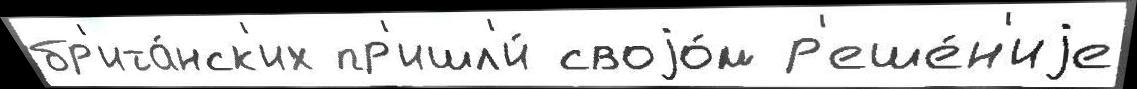
бр'ита́нск'их пр'ишл'и́ своjо́м р'еше́н'иjе